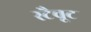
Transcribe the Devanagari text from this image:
स्टैचूट